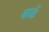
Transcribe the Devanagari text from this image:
बाकें